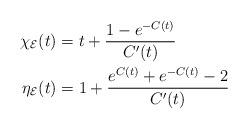
LaTeX: \begin{align*}\chi_{\mathcal{E}}(t)&=t+\frac{1-e^{-C(t)}}{C'(t)}\\\eta_{\mathcal{E}}(t)&=1+\frac{e^{C(t)}+e^{-C(t)}-2}{C'(t)}\end{align*}